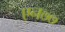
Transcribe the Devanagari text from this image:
एन७७